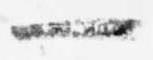
一